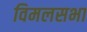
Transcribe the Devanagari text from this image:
विमलसभा